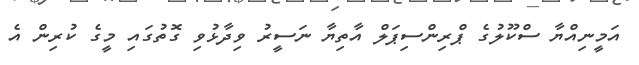
އަމީނިއްޔާ ސްކޫލުގެ ޕްރިންސިޕަލް އާތިޔާ ނަސީރު ވިދާޅުވި ގޮތުގައި މީގެ ކުރިން އެ